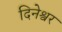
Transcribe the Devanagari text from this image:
दिनेश्वर